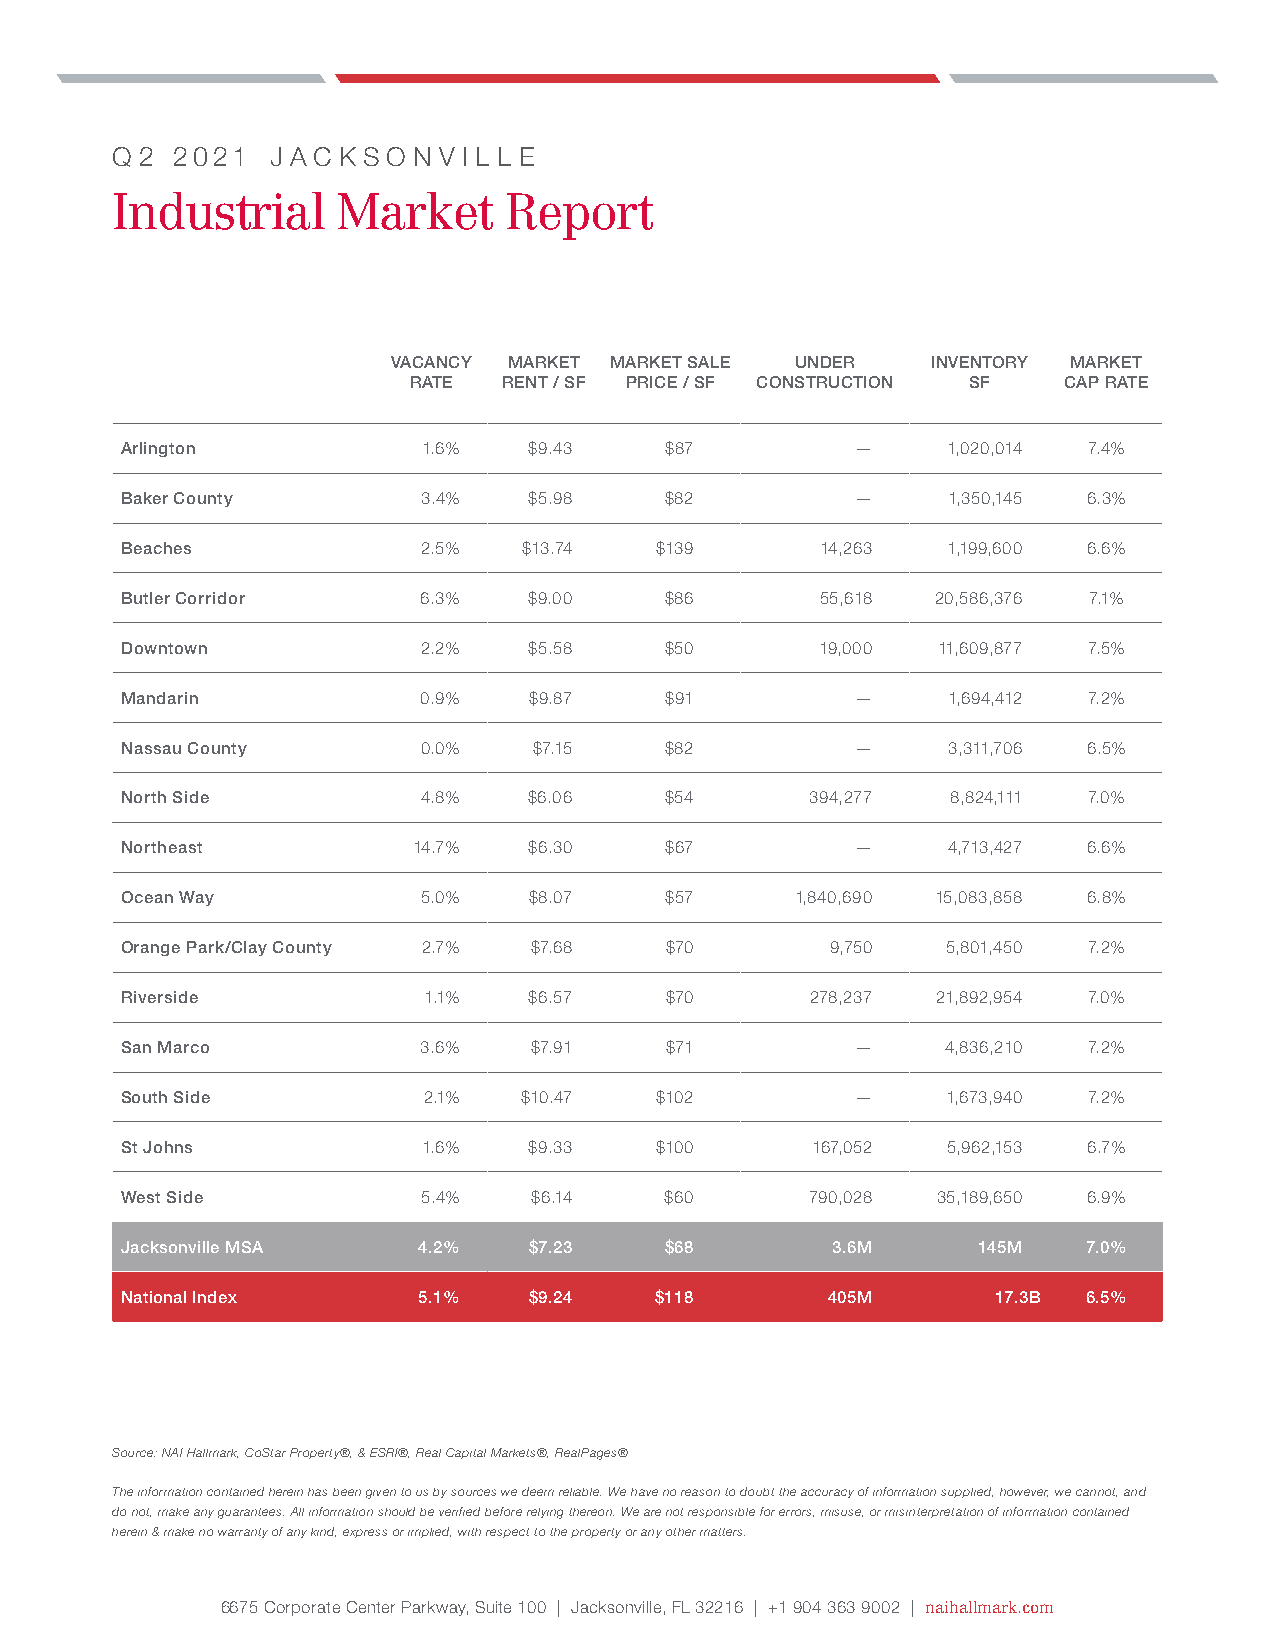
q 2 2021   j a c k s o n v i l l e
 Industrial     Market     Report
 VACANCY MARKET MARKET SALE UNDER    INVENTORY MARKET
 RATE  RENT / SF PRICE / SF CONSTRUCTION SF CAP RATE
 Arlington           1.6%   $9.43    $87          —     1,020,014 7.4%
 Baker County        3.4%   $5.98    $82          —     1,350,145 6.3%
 Beaches             2.5%   $13.74  $139       14,263   1,199,600 6.6%
 Butler Corridor     6.3%   $9.00    $86       55,618  20,586,376 7.1%
 Downtown            2.2%   $5.58    $50       19,000  11,609,877 7.5%
 Mandarin            0.9%   $9.87    $91          —     1,694,412 7.2%
 Nassau County       0.0%   $7.15    $82          —     3,311,706 6.5%
 North Side          4.8%   $6.06    $54       394,277  8,824,111 7.0%
 Northeast          14.7%   $6.30    $67          —     4,713,427 6.6%
 Ocean Way           5.0%   $8.07    $57      1,840,690 15,083,858 6.8%
 Orange Park/Clay County 2.7% $7.68  $70        9,750   5,801,450 7.2%
 Riverside           1.1%   $6.57    $70       278,237 21,892,954 7.0%
 San Marco           3.6%   $7.91    $71          —     4,836,210 7.2%
 South Side          2.1%  $10.47   $102          —     1,673,940 7.2%
 St Johns            1.6%   $9.33   $100       167,052  5,962,153 6.7%
 West Side           5.4%   $6.14    $60       790,028 35,189,650 6.9%
 Jacksonville MSA    4.2%   $7.23    $68        3.6M      145M   7.0%
 National Index      5.1%   $9.24   $118        405M       17.3B 6.5%
 Source: NAI Hallmark, CoStar Property®, & ESRI®, Real Capital Markets®, RealPages®
 The information contained herein has been given to us by sources we deem reliable. We have no reason to doubt the accuracy of information supplied, however, we cannot, and
 do not, make any guarantees. All information should be verified before relying thereon. We are not responsible for errors, misuse, or misinterpretation of information contained
 herein & make no warranty of any kind, express or implied, with respect to the property or any other matters.
 6675 Corporate Center Parkway, Suite 100 | Jacksonville, FL 32216 | +1 904 363 9002 | naihallmark.com